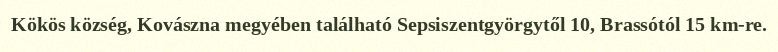
Kökös község, Kovászna megyében található Sepsiszentgyörgytől 10, Brassótól 15 km-re.